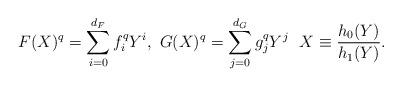
LaTeX: \begin{align*}F(X)^q = \sum_{i = 0}^{d_F} f_{i}^q Y^i, \ G(X)^q = \sum_{j = 0}^{d_G} g_{j}^q Y^j\ \ X \equiv \frac{h_0(Y)}{h_1(Y)}.\end{align*}